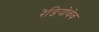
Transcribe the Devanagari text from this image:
रेडियोवेव